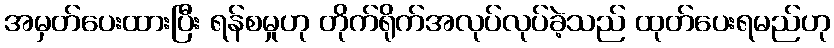
အမှတ်ပေးထားပြီး ရန်စမှုဟု တိုက်ရိုက်အလုပ်လုပ်ခဲ့သည် ထုတ်ပေးရမည်ဟု